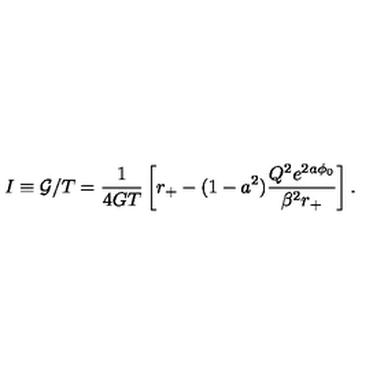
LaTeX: I \equiv { \cal G } / T = \frac { 1 } { 4 G T } \left[ r _ { + } - ( 1 - a ^ { 2 } ) \frac { Q ^ { 2 } e ^ { 2 a \phi _ { 0 } } } { \beta ^ { 2 } r _ { + } } \right] .